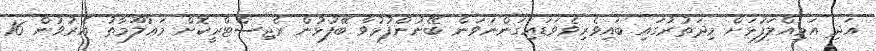
އަދި އަމިއްލަފުޅަށް މިދަތުރުގައި ބައިވެރިވެވަޑައިގަންނަވަން ބޭނުންފުޅުވާ ބޭފުޅުން ރެޖިސްޓްރީކޮށް މަޢުލޫމާތު އެރުވުން 16